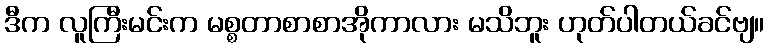
ဒီက လူကြီးမင်းက မစ္စတာစာစာအိုကာလား မသိဘူး ဟုတ်ပါတယ်ခင်ဗျ။